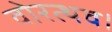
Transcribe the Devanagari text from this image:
वोरत्थव।